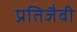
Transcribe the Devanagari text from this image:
प्रतिजैवी